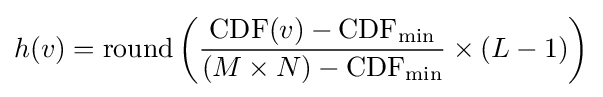
h(v)=\mathrm {round} \left({\frac {\operatorname {CDF} (v)-\operatorname {CDF} _{\min }}{(M\times N)-\operatorname {CDF} _{\min }}}\times (L-1)\right)